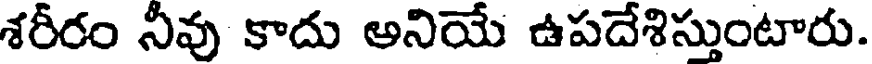
శరీరం నీవు కాదు అనియే ఉపదేశిస్తుంటారు.